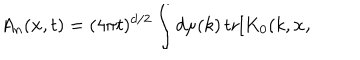
A _ { n } ( { \bf x } , t ) = ( 4 \pi t ) ^ { d / 2 } \int d \mu ( k ) \, \mathrm { t r } [ K _ { 0 } ( k , { \bf x , }